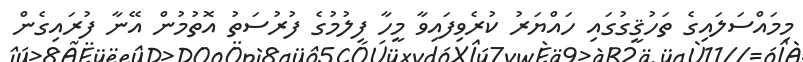
މިމައްސަލައިގެ ތަހުޤީގުގައި ހައްޔަރު ކުރެވިފައިވާ މީހާ ފިލުމުގެ ފުރުސަތު އޮތުމުން އޭނާ ފުރައިގެން